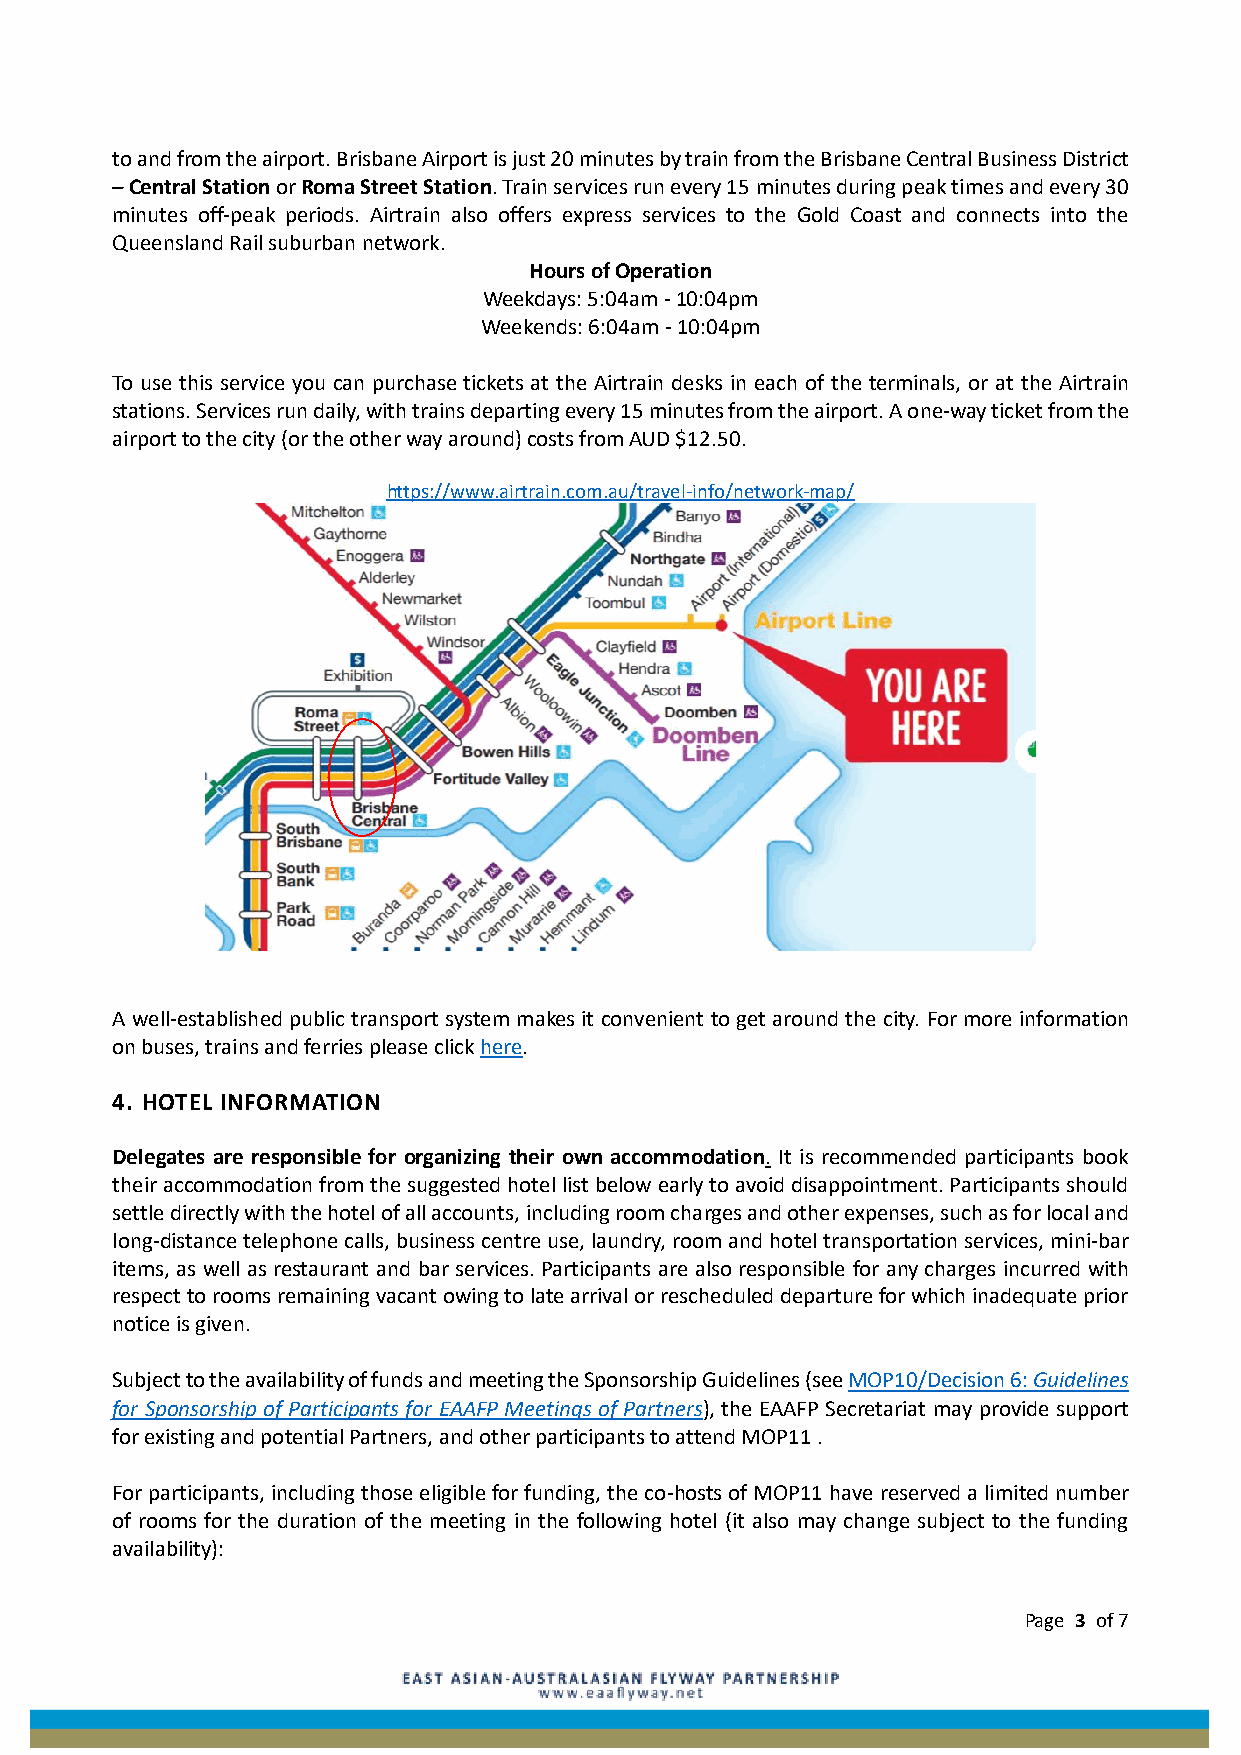
to and from the airport. Brisbane Airport is just 20 minutes by train from the Brisbane Central Business District
 – Central Station or Roma Street Station. Train services run every 15 minutes during peak times and every 30
 minutes off-peak periods. Airtrain also offers express services to the Gold Coast and connects into the
 Queensland Rail suburban network.
 Hours of Operation
 Weekdays: 5:04am - 10:04pm
 Weekends: 6:04am - 10:04pm
 To use this service you can purchase tickets at the Airtrain desks in each of the terminals, or at the Airtrain
 stations. Services run daily, with trains departing every 15 minutes from the airport. A one-way ticket from the
 airport to the city (or the other way around) costs from AUD $12.50.
 https://www.airtrain.com.au/travel-info/network-map/
 A well-established public transport system makes it convenient to get around the city. For more information
 on buses, trains and ferries please click here.
 4. HOTEL INFORMATION
 Delegates are responsible for organizing their own accommodation. It is recommended participants book
 their accommodation from the suggested hotel list below early to avoid disappointment. Participants should
 settle directly with the hotel of all accounts, including room charges and other expenses, such as for local and
 long-distance telephone calls, business centre use, laundry, room and hotel transportation services, mini-bar
 items, as well as restaurant and bar services. Participants are also responsible for any charges incurred with
 respect to rooms remaining vacant owing to late arrival or rescheduled departure for which inadequate prior
 notice is given.
 Subject to the availability of funds and meeting the Sponsorship Guidelines (see MOP10/Decision 6: Guidelines
 for Sponsorship of Participants for EAAFP Meetings of Partners), the EAAFP Secretariat may provide support
 for existing and potential Partners, and other participants to attend MOP11 .
 For participants, including those eligible for funding, the co-hosts of MOP11 have reserved a limited number
 of rooms for the duration of the meeting in the following hotel (it also may change subject to the funding
 availability):
 Page 3 of 7